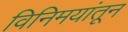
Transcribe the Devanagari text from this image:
विनिमयांतून